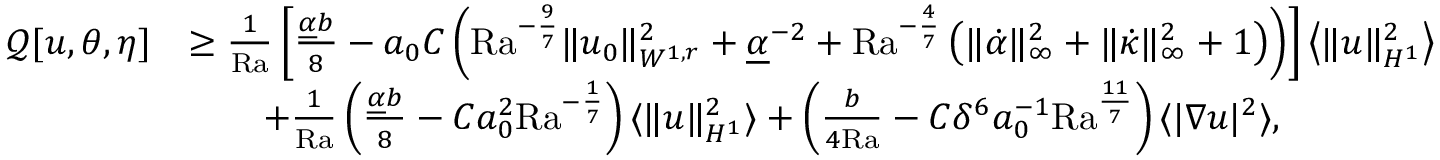
\begin{array} { r l } { \mathcal { Q } [ u , \theta , \eta ] } & { \geq \frac { 1 } { \mathrm { { R a } } } \left[ \frac { \underline { { \alpha } } b } { 8 } - a _ { 0 } C \left( { \mathrm { R a } } ^ { - \frac { 9 } { 7 } } \| u _ { 0 } \| _ { W ^ { 1 , r } } ^ { 2 } + \underline { { \alpha } } ^ { - 2 } + \mathrm { { R a } } ^ { - \frac { 4 } { 7 } } \left( \| \dot { \alpha } \| _ { \infty } ^ { 2 } + \| \dot { \kappa } \| _ { \infty } ^ { 2 } + 1 \right) \right) \right] \left\langle \| u \| _ { H ^ { 1 } } ^ { 2 } \right\rangle } \\ & { \qquad + \frac { 1 } { { \mathrm { R a } } } \left( \frac { \underline { { \alpha } } b } { 8 } - C a _ { 0 } ^ { 2 } \mathrm { { R a } } ^ { - \frac { 1 } { 7 } } \right) \langle \| u \| _ { H ^ { 1 } } ^ { 2 } \rangle + \left( \frac { b } { 4 { \mathrm { R a } } } - C \delta ^ { 6 } a _ { 0 } ^ { - 1 } \mathrm { { R a } } ^ { \frac { 1 1 } { 7 } } \right) \langle | \nabla u | ^ { 2 } \rangle , } \end{array}